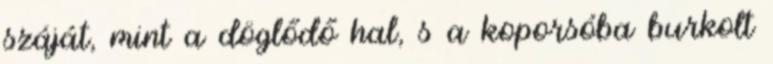
száját, mint a döglődő hal, s a koporsóba burkolt